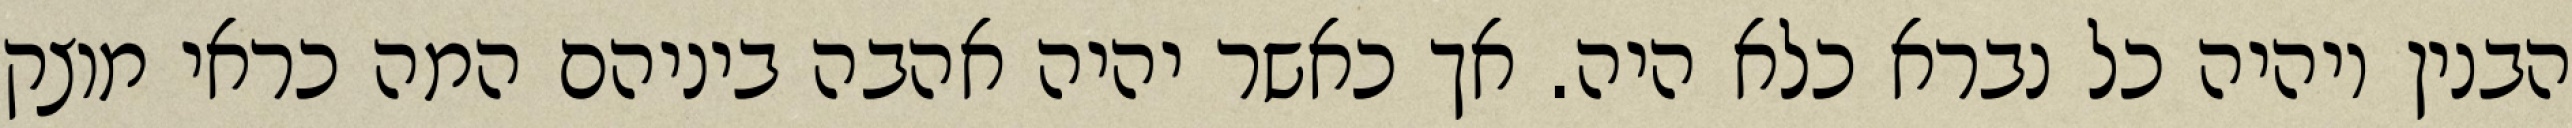
הבנין ויהיה כל נברא כלא היה. אך כאשר יהיה אהבה ביניהם המה כראי מוצק